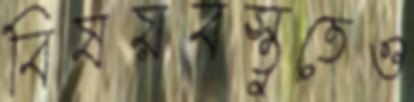
বিষয়বস্তুতেও